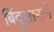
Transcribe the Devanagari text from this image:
बिंदुसाराने